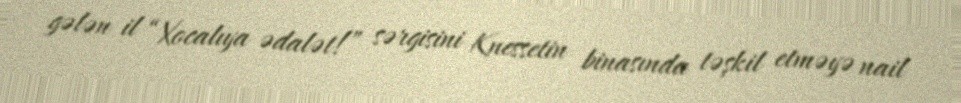
gələn il “Xocalıya ədalət!” sərgisini Knessetin binasında təşkil etməyə nail